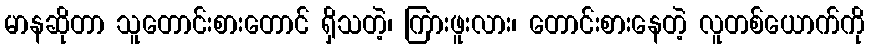
မာနဆိုတာ သူတောင်းစားတောင် ရှိသတဲ့၊ ကြားဖူးလား၊ တောင်းစားနေတဲ့ လူတစ်ယောက်ကို